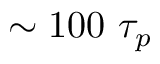
\sim 1 0 0 ~ \tau _ { p }